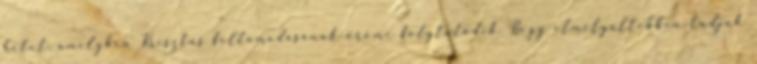
hetet, amelyben Krisztus feltámadásának öröme folytatódik. Hogy elmélyültebben tudjuk